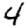
Digit: 4